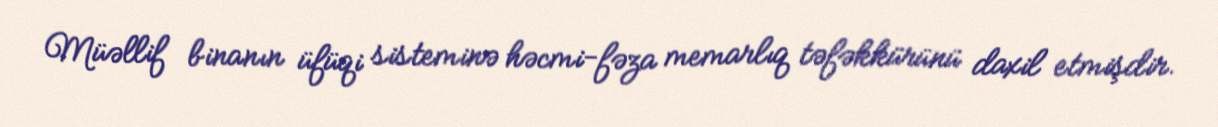
Müəllif binanın üfüqi sisteminə həcmi-fəza memarlıq təfəkkürünü daxil etmişdir.